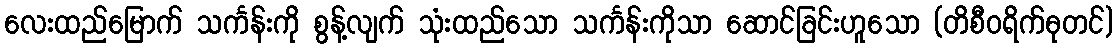
လေးထည်မြောက် သင်္ကန်းကို စွန့်လျက် သုံးထည်သော သင်္ကန်းကိုသာ ဆောင်ခြင်းဟူသော (တိစီဝရိက်ဓုတင်)